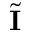
\tilde { \mathbf { I } }